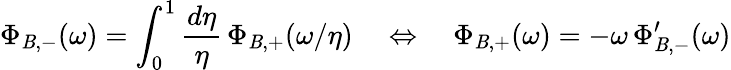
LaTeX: \Phi_{\mathit{B},-}(\omega)=\int_{0}^{1}\frac{{d\eta}}{{\eta}}\, \Phi_{\mathit{B},+}(\omega/\eta)\quad\Leftrightarrow\quad\Phi_{\mathit{B},+}(\omega)=-\omega\, \Phi_{\mathit{B},-}^{\prime}(\omega)